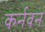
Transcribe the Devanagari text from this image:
कर्नवन